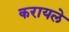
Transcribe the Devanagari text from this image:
करायले